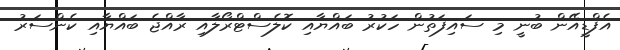
އެފްޑީއޭން ބުނީ މި ސައިފަތުން ހަކުރު ބައްޔާއި ކޮލެސްޓްރޯލާއި ރާއްޖެ ބައްޔާއި ކެންސަރު